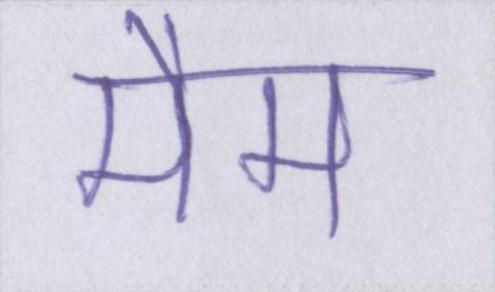
मैम